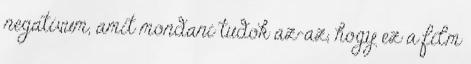
negatívum, amit mondani tudok az-az, hogy ez a film